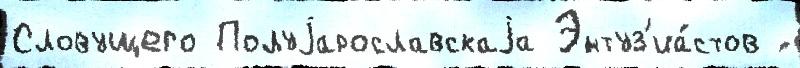
Словущего Полуjарославскаjа Энтуз'иа́стов ́